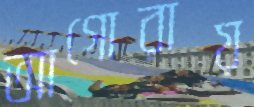
আগোরায়